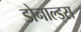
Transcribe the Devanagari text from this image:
डोनाल्ड्स